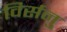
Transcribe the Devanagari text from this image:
विर्सनु